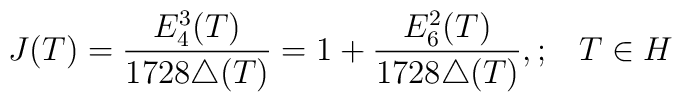
J(T)= \frac{E_4^3(T)}{1728\triangle(T)}=1 + \frac{E_6^2(T)}{1728 \triangle(T)},;\;\;\;T \in H